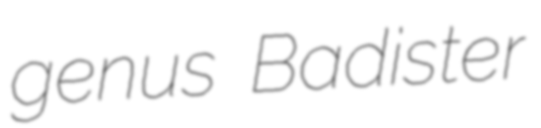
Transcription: genus Badister